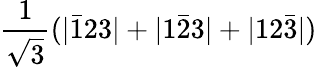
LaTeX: \frac{1}{\sqrt{3}}(|\bar{1}23|+|1\bar{2}3|+|12\bar{3}|)